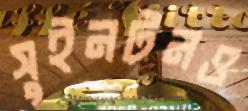
সুইনটনও